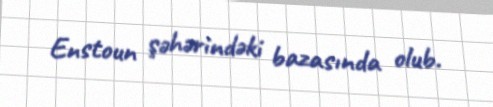
Enstoun şəhərindəki bazasında olub.